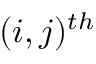
( i , j ) ^ { t h }